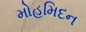
મોહમિદન